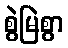
စွဲမြဲစွာ